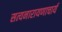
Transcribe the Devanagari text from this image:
सत्यनारायणाचार्य